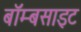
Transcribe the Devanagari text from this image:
बॉम्बसाइट